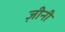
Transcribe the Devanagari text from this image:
ज़ीनी